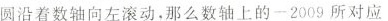
圆沿着数轴向左滚动，那么数轴上的-2009所对应